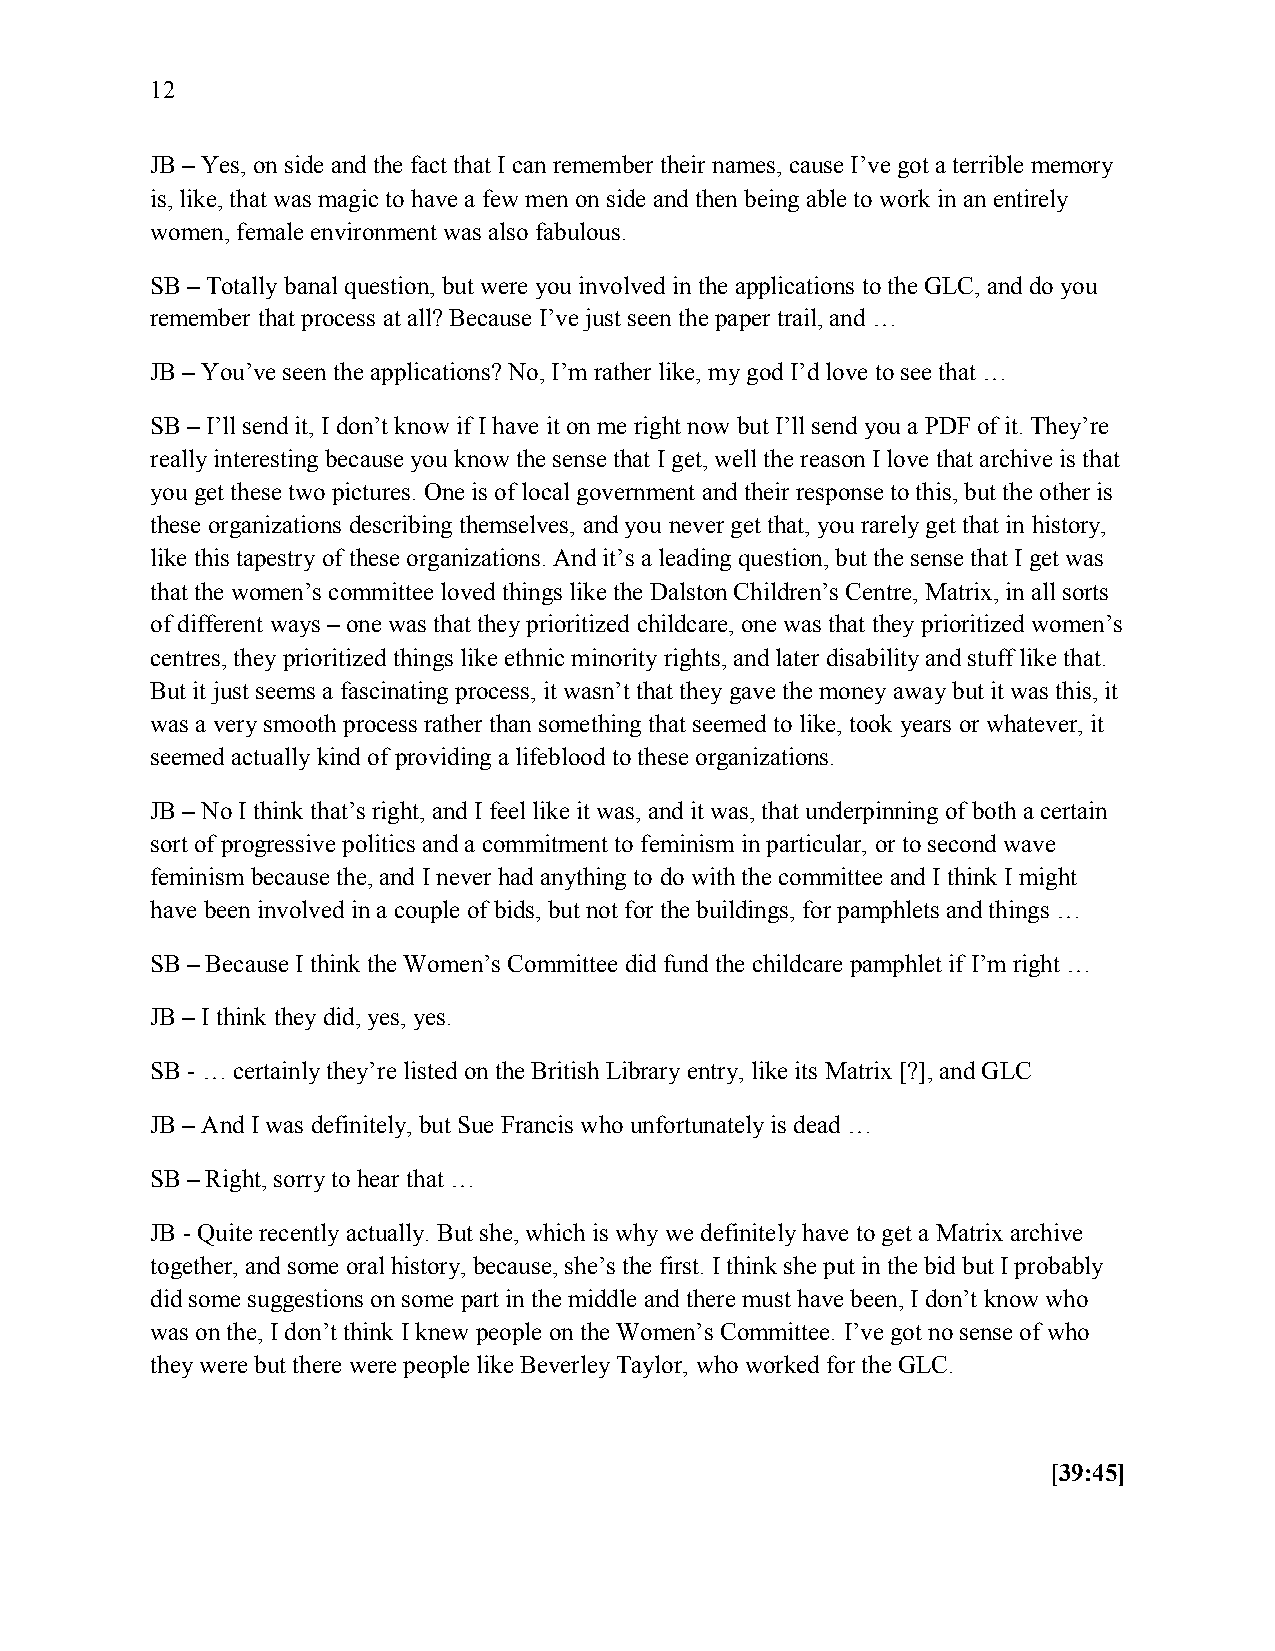
12
 JB – Yes, on side and the fact that I can remember their names, cause I’ve got a terrible memory
 is, like, that was magic to have a few men on side and then being able to work in an entirely
 women, female environment was also fabulous.
 SB – Totally banal question, but were you involved in the applications to the GLC, and do you
 remember that process at all? Because I’ve just seen the paper trail, and …
 JB – You’ve seen the applications? No, I’m rather like, my god I’d love to see that …
 SB – I’ll send it, I don’t know if I have it on me right now but I’ll send you a PDF of it. They’re
 really interesting because you know the sense that I get, well the reason I love that archive is that
 you get these two pictures. One is of local government and their response to this, but the other is
 these organizations describing themselves, and you never get that, you rarely get that in history,
 like this tapestry of these organizations. And it’s a leading question, but the sense that I get was
 that the women’s committee loved things like the Dalston Children’s Centre, Matrix, in all sorts
 of different ways – one was that they prioritized childcare, one was that they prioritized women’s
 centres, they prioritized things like ethnic minority rights, and later disability and stuff like that.
 But it just seems a fascinating process, it wasn’t that they gave the money away but it was this, it
 was a very smooth process rather than something that seemed to like, took years or whatever, it
 seemed actually kind of providing a lifeblood to these organizations.
 JB – No I think that’s right, and I feel like it was, and it was, that underpinning of both a certain
 sort of progressive politics and a commitment to feminism in particular, or to second wave
 feminism because the, and I never had anything to do with the committee and I think I might
 have been involved in a couple of bids, but not for the buildings, for pamphlets and things …
 SB – Because I think the Women’s Committee did fund the childcare pamphlet if I’m right …
 JB – I think they did, yes, yes.
 SB - … certainly they’re listed on the British Library entry, like its Matrix [?], and GLC
 JB – And I was definitely, but Sue Francis who unfortunately is dead …
 SB – Right, sorry to hear that …
 JB - Quite recently actually. But she, which is why we definitely have to get a Matrix archive
 together, and some oral history, because, she’s the first. I think she put in the bid but I probably
 did some suggestions on some part in the middle and there must have been, I don’t know who
 was on the, I don’t think I knew people on the Women’s Committee. I’ve got no sense of who
 they were but there were people like Beverley Taylor, who worked for the GLC.
 [39:45]